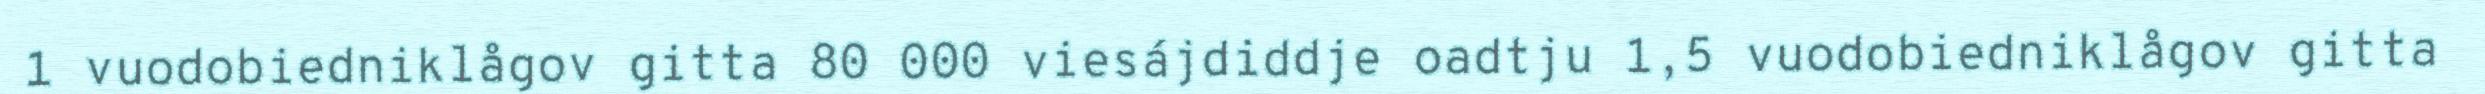
1 vuodobiedniklågov gitta 80 000 viesájdiddje oadtju 1,5 vuodobiedniklågov gitta